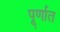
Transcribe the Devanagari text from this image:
पूर्णात